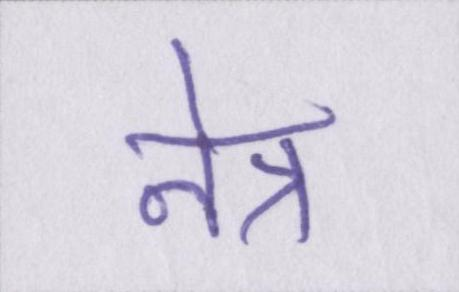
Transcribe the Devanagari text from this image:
नेत्र